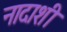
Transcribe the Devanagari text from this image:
नादाशी